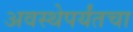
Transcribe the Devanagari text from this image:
अवस्थेपर्यंतचा